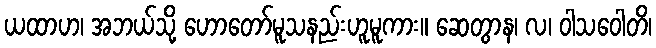
ယထာဟ၊ အဘယ်သို့ ဟောတော်မူသနည်းဟူမူကား။ ဆေတွာန၊ လ၊ ဝါသဝေါတိ၊